Vabadussoja_Ajaloo_Komitee, lk 44
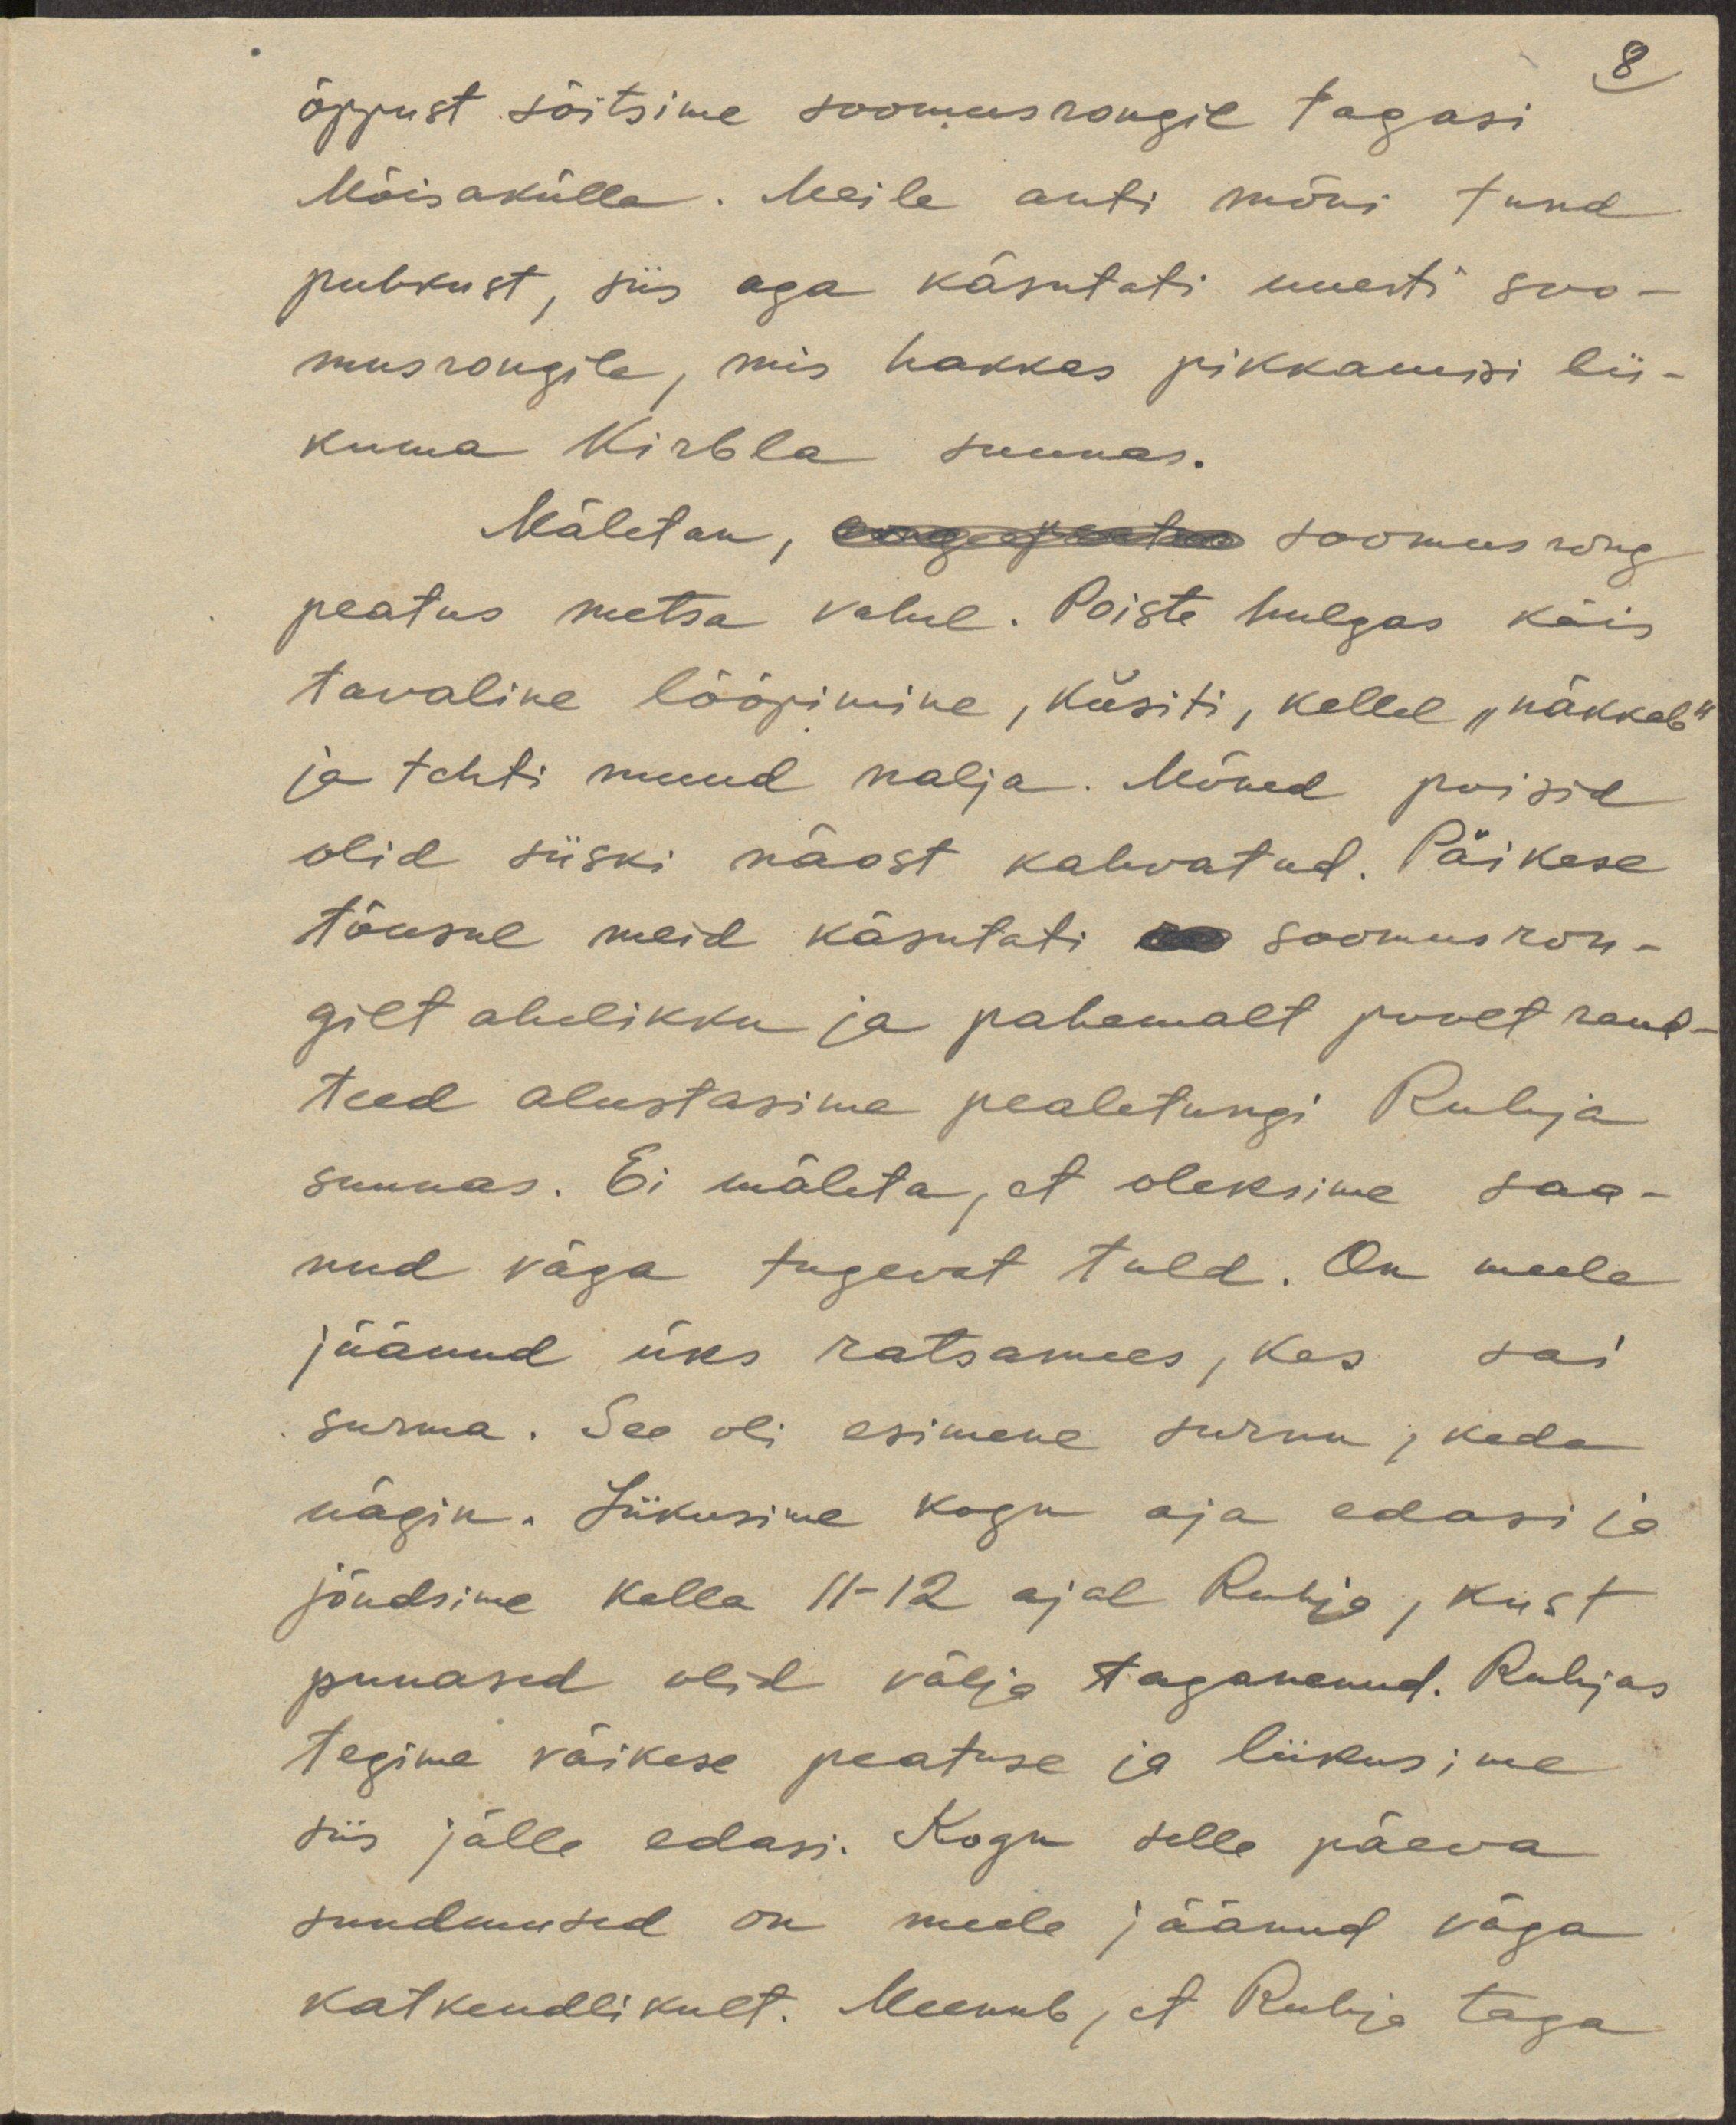
8
õppust sõitsime soomusrongil tagasi
Mõisakülla. Meile anti mõni tund
puhkust, siis aga käsutati uuesti soo-
musrongile, mis hakkas pikkamisi lii-
kuma Kirbla suunas.
Mäletan, rong peatus soomusrong
peatus metsa vahel. Poiste hulgas käis
tavaline lööpimine, küsiti, kellel "näkkab"
ja tehti muud nalja. Mõned poisid
olid siiski näost kahvatud. Päikese
tõusul meid käsutati soomusron-
gilt ahelikku ja pahemalt poolt raud-
teed alustasime pealetungi Ruhja
suunas. Ei mäleta, et oleksime saa-
nud väga tugevat tuld. On meele
jäänud üks ratsamees, kes sai
surma. See oli esimene surnu, keda
nägin. Liikusime kogu aja edasi ja
jõudsime kella 11-12 ajal Ruhja, kust
punased olid välja taganenud. Ruhjas
tegime väikese peatuse ja liikusime
siis jälle edasi. Kogu selle päeva
sundmused on meele jäänud väga
katkendlikult. Meenub, et Ruhja taga